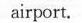
airport.